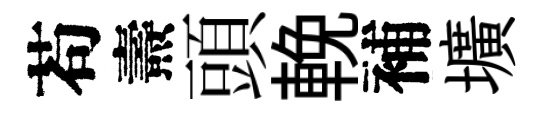
苟燾頭輓補壙